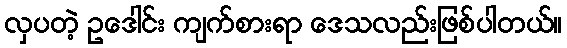
လှပတဲ့ ဥဒေါင်း ကျက်စားရာ ဒေသလည်းဖြစ်ပါတယ်။